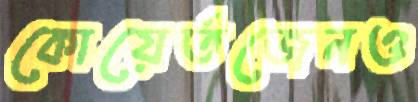
কোয়ের্তজেনও